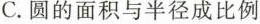
C.圆的面积与半径成比例